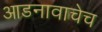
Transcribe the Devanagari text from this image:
आडनावाचेच